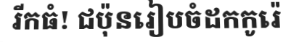
រីកធំ! ជប៉ុនរៀបចំដកកូរ៉េ